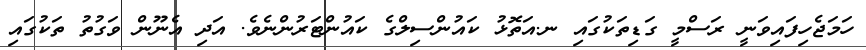
ހަމަޖެހިފައިވަނީ ރަސްމީ ގަޑިތަކުގައި ނ.އަތޮޅު ކައުންސިލްގެ ކައުންޓަރުންނެވެ. އަދި އެނޫން ވަގުތު ތަކުގައި